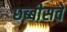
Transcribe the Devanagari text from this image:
छब्बीसवें